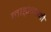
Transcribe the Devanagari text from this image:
लाड्खानी